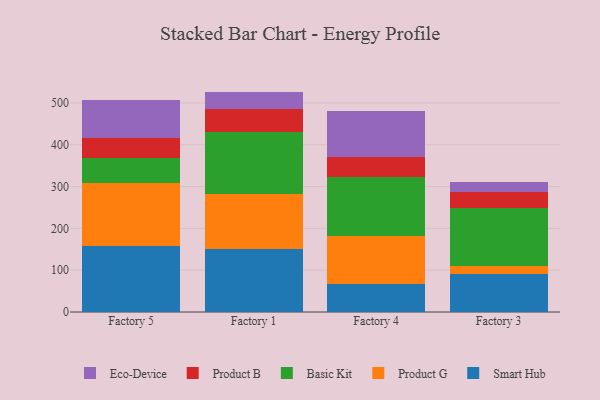
{"axis": {"x": "Factory", "y": "Satisfaction Score"}, "legend": ["Basic Kit", "Eco-Device", "Product B", "Product G", "Smart Hub"], "data": [{"x": "Factory 5", "y": 156.7, "type": "Smart Hub"}, {"x": "Factory 5", "y": 152.6, "type": "Product G"}, {"x": "Factory 5", "y": 59.7, "type": "Basic Kit"}, {"x": "Factory 5", "y": 46.4, "type": "Product B"}, {"x": "Factory 5", "y": 91.6, "type": "Eco-Device"}, {"x": "Factory 1", "y": 150.2, "type": "Smart Hub"}, {"x": "Factory 1", "y": 131.7, "type": "Product G"}, {"x": "Factory 1", "y": 149.5, "type": "Basic Kit"}, {"x": "Factory 1", "y": 53.0, "type": "Product B"}, {"x": "Factory 1", "y": 42.7, "type": "Eco-Device"}, {"x": "Factory 4", "y": 67.1, "type": "Smart Hub"}, {"x": "Factory 4", "y": 115.2, "type": "Product G"}, {"x": "Factory 4", "y": 140.7, "type": "Basic Kit"}, {"x": "Factory 4", "y": 47.5, "type": "Product B"}, {"x": "Factory 4", "y": 111.0, "type": "Eco-Device"}, {"x": "Factory 3", "y": 90.7, "type": "Smart Hub"}, {"x": "Factory 3", "y": 19.0, "type": "Product G"}, {"x": "Factory 3", "y": 138.2, "type": "Basic Kit"}, {"x": "Factory 3", "y": 38.5, "type": "Product B"}, {"x": "Factory 3", "y": 23.5, "type": "Eco-Device"}]}